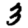
Digit: 3